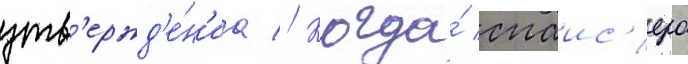
утв'ержд'е́н'иа // Когда́ спаис'ера